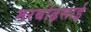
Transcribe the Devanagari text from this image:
मरबोढ़साई